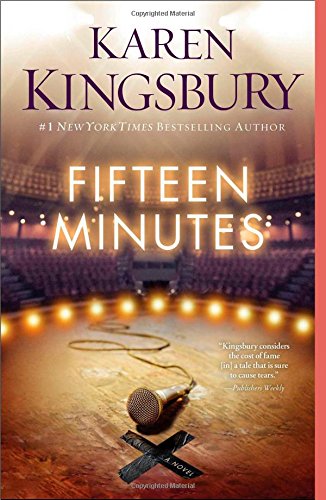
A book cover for Fifteen Minutes: A Novel; Karen Kingsbury; Religion & Spirituality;